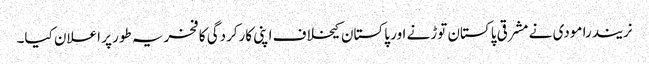
نریندرا مودی نے مشرقی پاکستان توڑنے اور پاکستان کیخلاف اپنی کارکردگی کا فخریہ طور پر اعلان کیا۔